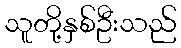
သူတို့နှစ်ဦးသည်